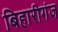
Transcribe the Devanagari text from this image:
बिहारीगंज